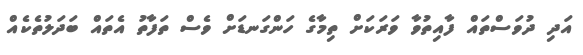
އަދި ދުވަސްތައް ފާއިތުވާ ވަރަކަށް ތިމާގެ ހަންގަނޑަށް ވެސް ތަފާތު އެތައް ބަދަލުތެކެއް